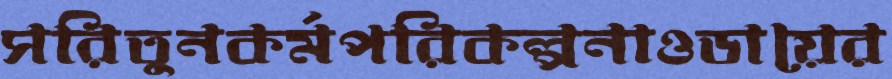
সরিতুনকর্মপরিকল্পনাওডায়ের